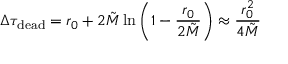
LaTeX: \Delta \tau _ { \mathrm { d e a d } } = r _ { 0 } + 2 \tilde { M } \ln \left( 1 - \frac { r _ { 0 } } { 2 \tilde { M } } \right) \approx \frac { r _ { 0 } ^ { 2 } } { 4 \tilde { M } }